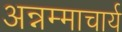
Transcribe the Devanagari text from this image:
अन्नम्माचार्य